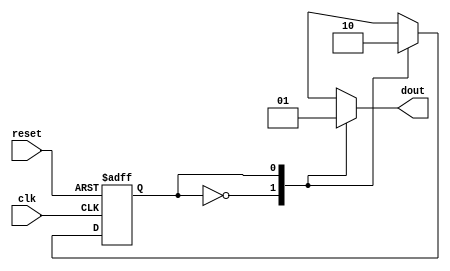
`timescale 1ns / 1ps
//////////////////////////////////////////////////////////////////////////////////
// Company: 
// Engineer: 
// 
// Design Name: 
// Module Name: Three_Process_Methodology
// Project Name: 
// Target Devices: 
// Tool Versions: 
// Description: 
// 
// Dependencies: 
// 
// Revision:
// Revision 0.01 - File Created
// Additional Comments:
// 
//////////////////////////////////////////////////////////////////////////////////


module Three_Process_Methodology(
input clk,reset,
output dout
    );
    reg dout_temp;
    reg state=0;
    reg nextstate=0;
    parameter s0=0,s1=1;
    
    always@(posedge clk or posedge reset)
    begin
    if(reset)
    state<=s0;
    else
    state<=nextstate;
    end
    
    always@(state)
    begin
    case(state)
    s0:begin nextstate<=s1;dout_temp=1'b0; end
    s1:begin nextstate<=s0;dout_temp=1'b1; end
    endcase
    end
    
    assign dout=dout_temp;
    
endmodule